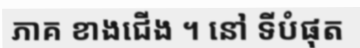
ភាគ ខាងជើង ។ នៅ ទីបំផុត